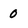
Character: 0